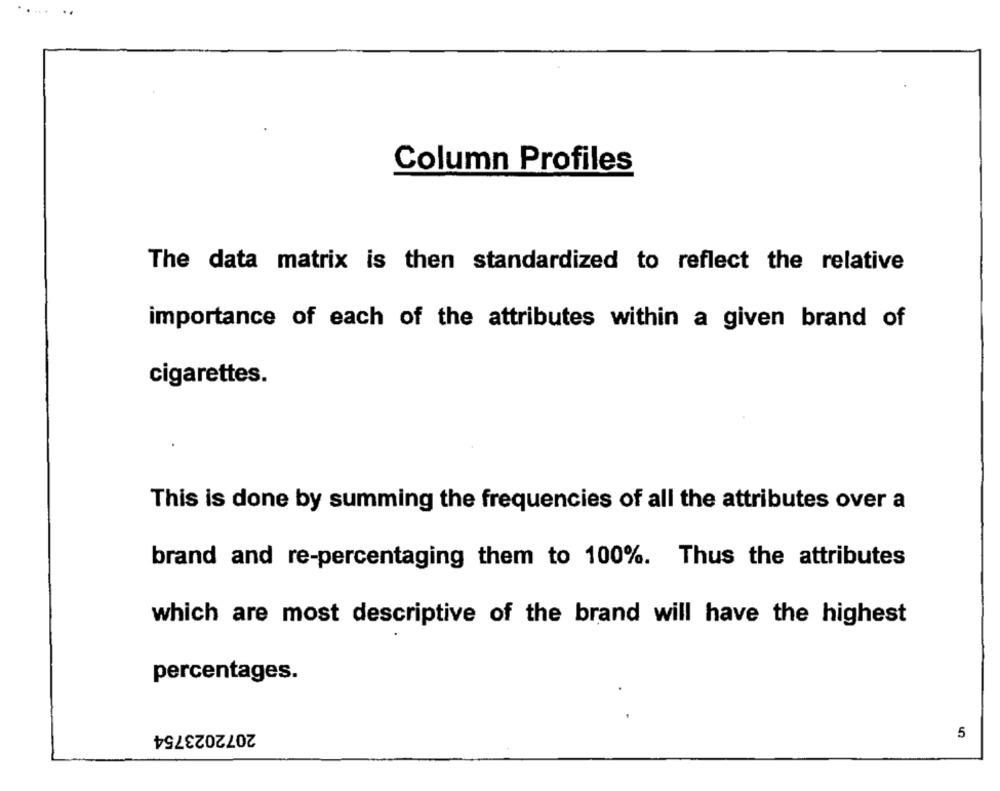
Column Profiles
The data matrix is then standardized to reflect the relative
importance of each of the attributes within a given brand of
cigarettes.
This is done by summing the frequencies of all the attributes over a
brand and re-percentaging them to 100%. Thus the attributes
which are most descriptive of the brand will have the highest
percentages.
2072023754
5